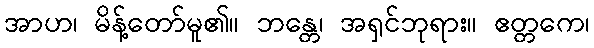
အာဟ၊ မိန့်တော်မူ၏။ ဘန္တေ၊ အရှင်ဘုရား။ ဧတ္တကေ၊